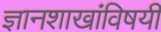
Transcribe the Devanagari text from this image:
ज्ञानशाखांविषयी